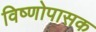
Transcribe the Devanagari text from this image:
विष्णोपासक